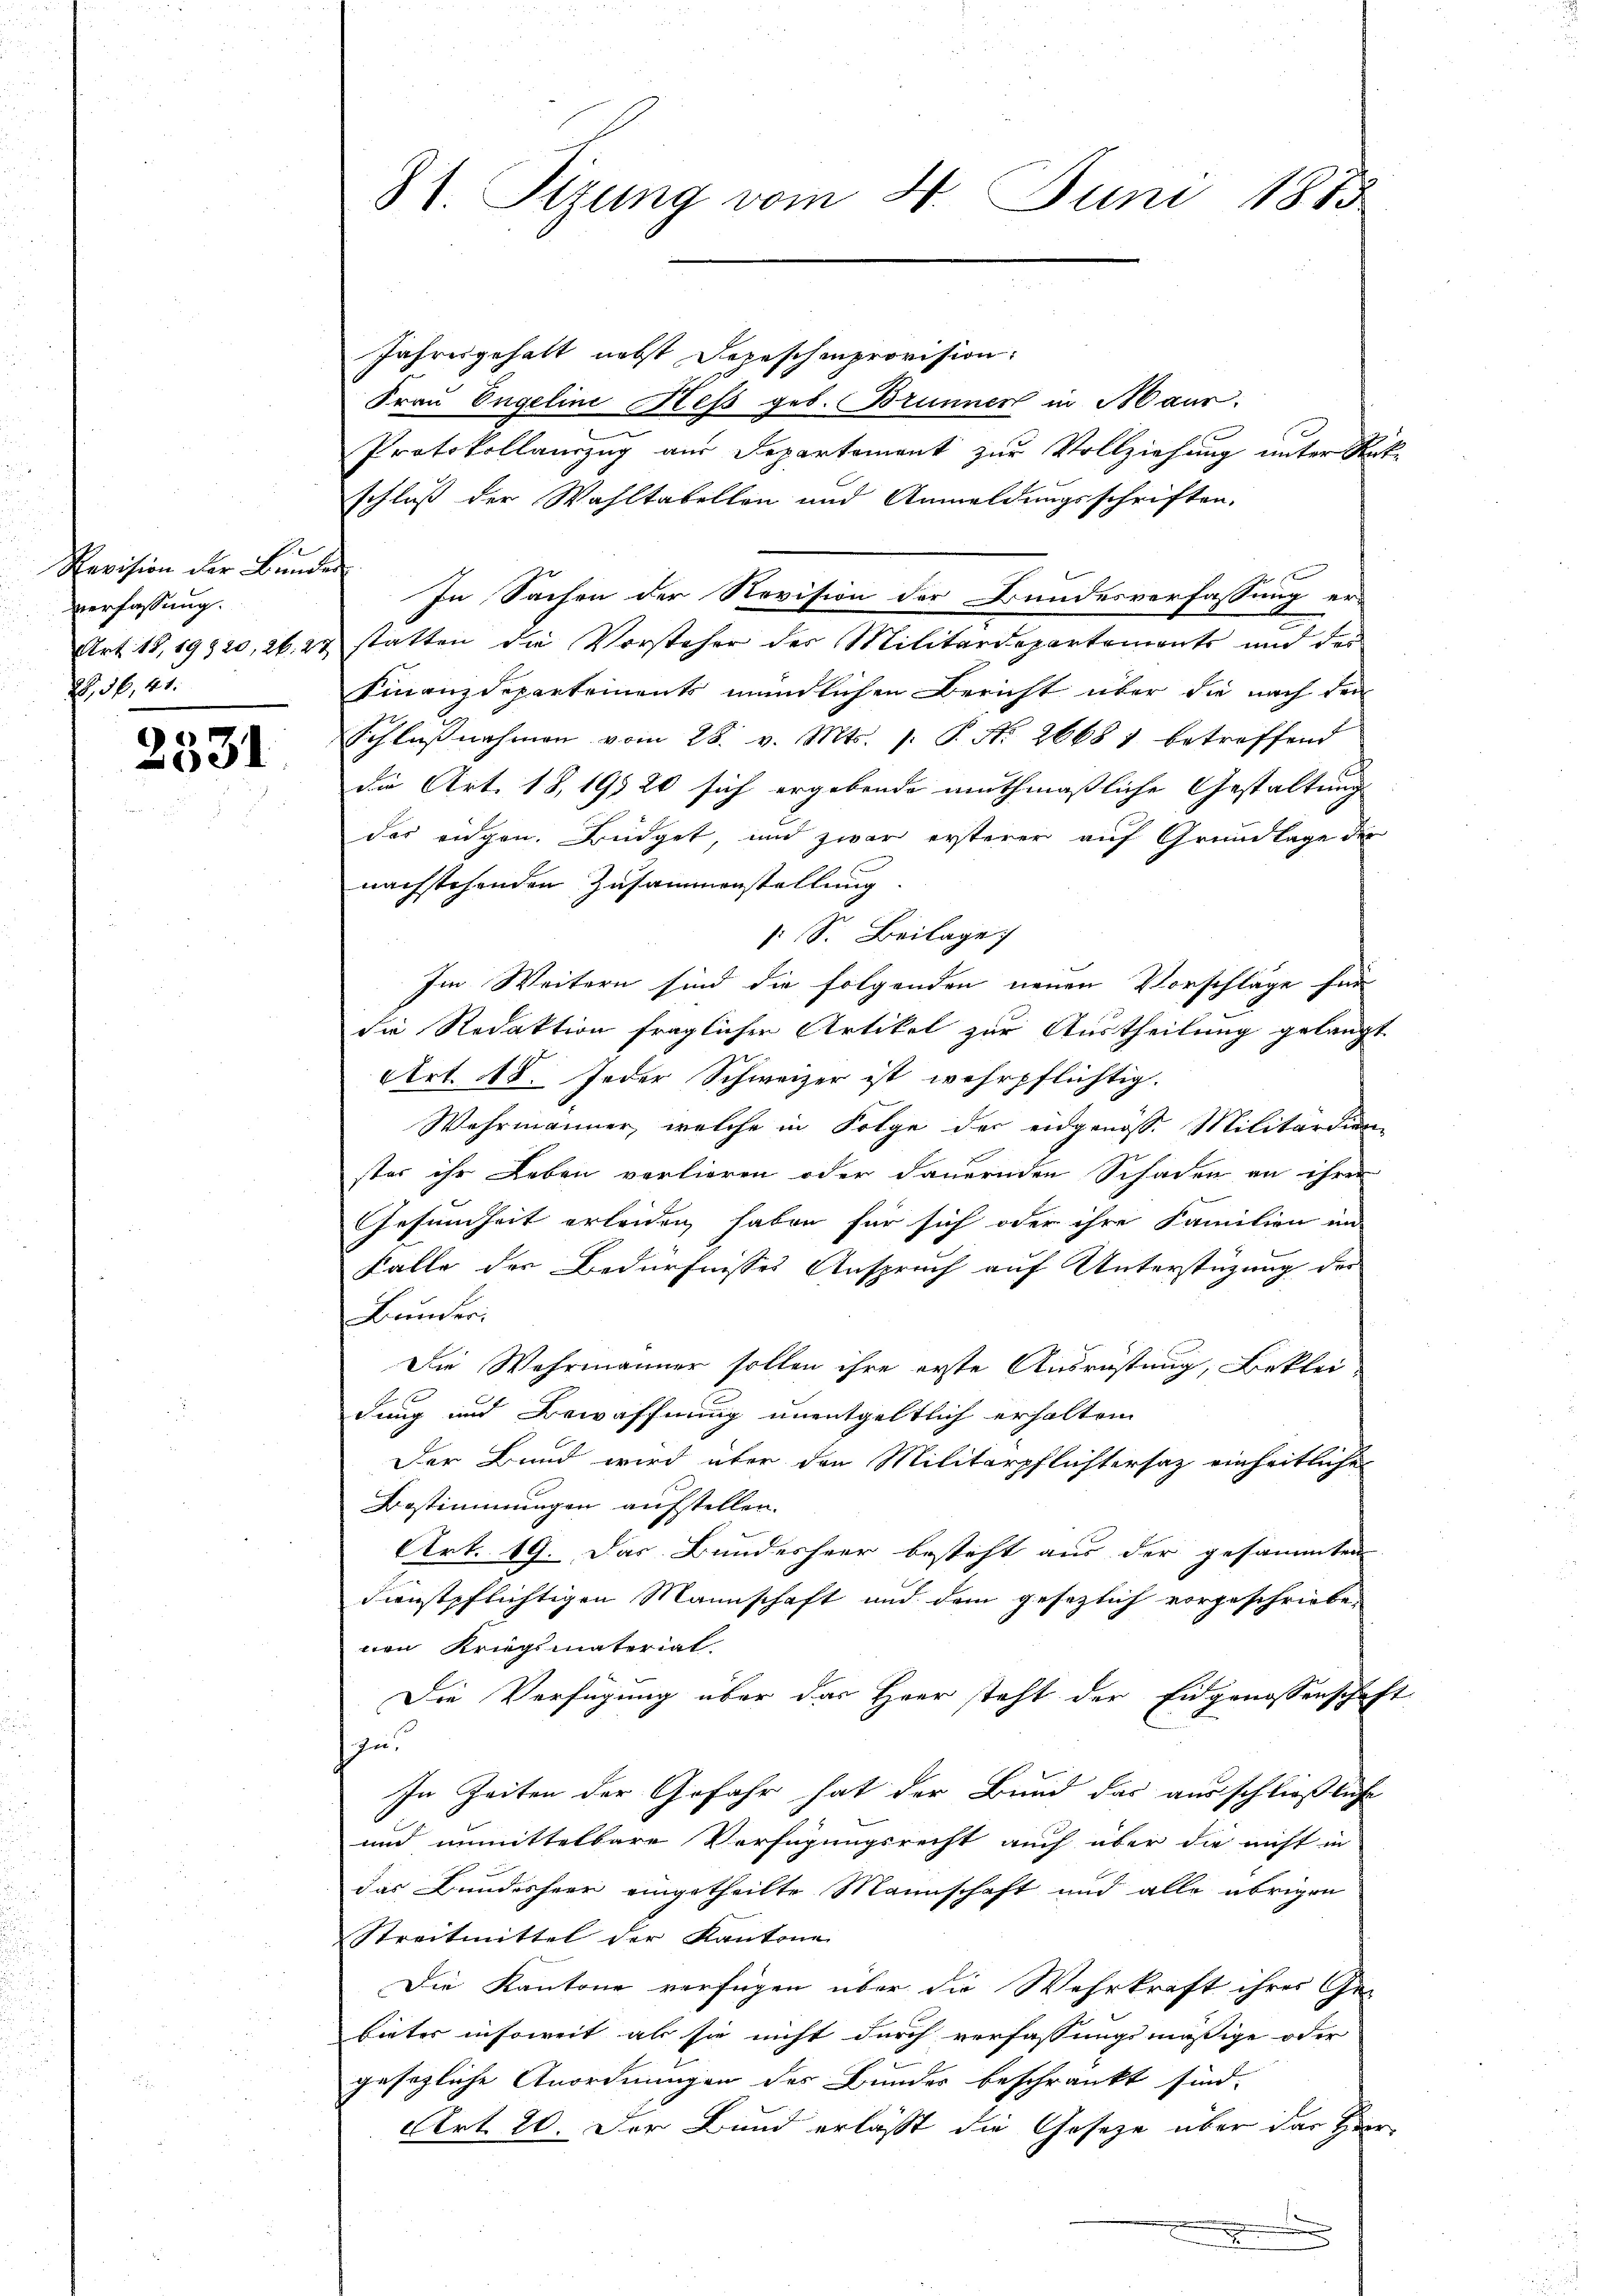
Revision der Bunde
verfassung.
Art. 18, 19920, 26. 27
28, 36, 41.

2531

81. Sizung vom 4. Juni 1875

Jahresgehalt nebst Depeschenprovision:
Frau Engeline Hess geb. Brunnen in Maur.
Protokollanzug aus Departement zur Vollziehung unter Rat-
schluß der Wahltabellen und Anmeldungsschriften.
f
In Sachen der Revision der Bundesverfassung er-
A
statten die Vorsteher des Militärdepartements und der
Finanzdepartements mündlichen Bericht über die nach den
Schlŭβnahmen vom 28. v. Mts. 1. P. Nr. 26681 betreffend
die Art. 18, 1920 sich ergebende muthmaßliche Gestaltung
des eigen. Büdget, und zwar ersterer auf Grundlage der
nachstehenden Zusammenstellung.
: S. Beilage
Im Weitern sind die folgenden neuen Vorschläge für
die Redaktion fraglicher Artikel zur Austheilung gelangt
Art. 18. Jeder Schweizer ist wehrpflichtig.
Wahrmänner, welche in Folge der eidgenösse Militärdien-
ster ihr Leben vorlieren oder dauernden Schaden an ihren
Gesundheit erleiden haben für sich oder ihre Familien in-
Falle der Bedürfnisses Anspruch auf Unterstüzung der
Bunder.
Die Wahrmänner sollen ihre erste Ausrüstung, Bekleidung und Bewaffnung unentgeltlich erhalten
Der Bund wird über den Militärpflichtersaz einheitliche
Bestimmungen aufstellen.
Art. 19. Das Bundesheer besteht aus der gesammten
dienstpflichtigen Mannschaft und dem gesezlich vorgeschriebenen Kriegsmaterial-
Die Verfügung über das Herr steht der Eidgenossenschaft
n
In Zeiten der Gefahr hat der Bund das ausschließliche
und unmittelbare Verfügungsrecht auch über die nicht in
das Bundesheer eingetheilte Mannschaft und alle übrigen
Streitmittel der Kantone
Die Kantone verfügen über die Wehrkraft ihrer Ge-
bieter insoweit als sie nicht durch verfassungsmäßige oder
gesezliche Anordnungen des Bundes beschränkt sind.
Art. 20. Der Bund erlässt die Gesetze über das Herr